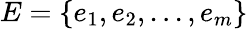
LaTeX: E=\{ e_{1},e_{2},...,e_{m}\}